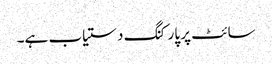
سائٹ پر پارکنگ دستیاب ہے۔